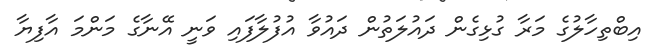
އިބްތިހާލުގެ މަރާ ގުޅިގެން ދައުލަތުން ދައުވާ އުފުލާފައި ވަނީ އޭނާގެ މަންމަ އާފިޔާ